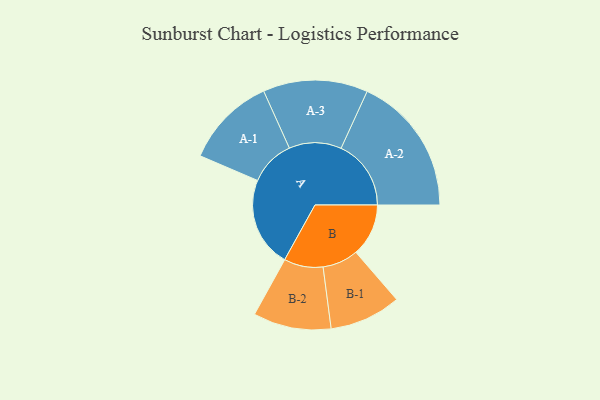
{"axis": {"x": "Segment", "y": "Value"}, "legend": ["", "A", "B"], "data": [{"x": "A", "y": 358, "type": ""}, {"x": "B", "y": 209, "type": ""}, {"x": "A-1", "y": 181, "type": "A"}, {"x": "A-2", "y": 278, "type": "A"}, {"x": "A-3", "y": 208, "type": "A"}, {"x": "B-1", "y": 142, "type": "B"}, {"x": "B-2", "y": 155, "type": "B"}]}